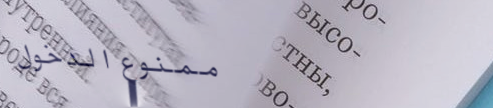
ممنوع الدخول